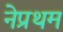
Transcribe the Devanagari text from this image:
नेप्रथम